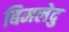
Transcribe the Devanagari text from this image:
बिमलेदु